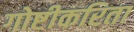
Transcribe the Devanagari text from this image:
गोष्टीकरिता